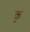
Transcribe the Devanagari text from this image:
क॒